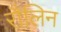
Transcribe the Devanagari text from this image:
रौलिन